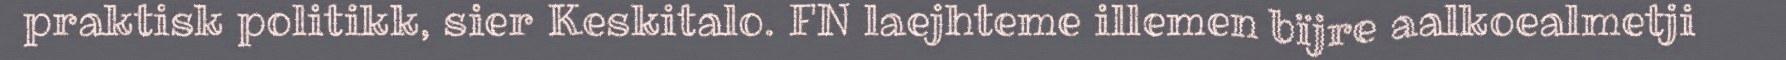
praktisk politikk, sier Keskitalo. FN laejhteme illemen bïjre aalkoealmetji